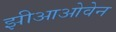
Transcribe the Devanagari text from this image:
झीआओवेन